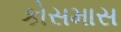
કોસમાસ